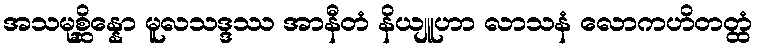
အသမုစ္ဆိန္နော မူလသဒ္ဒဿ အာနီတံ နိယျူဟာ လာသနံ လောကဟိတတ္ထံ